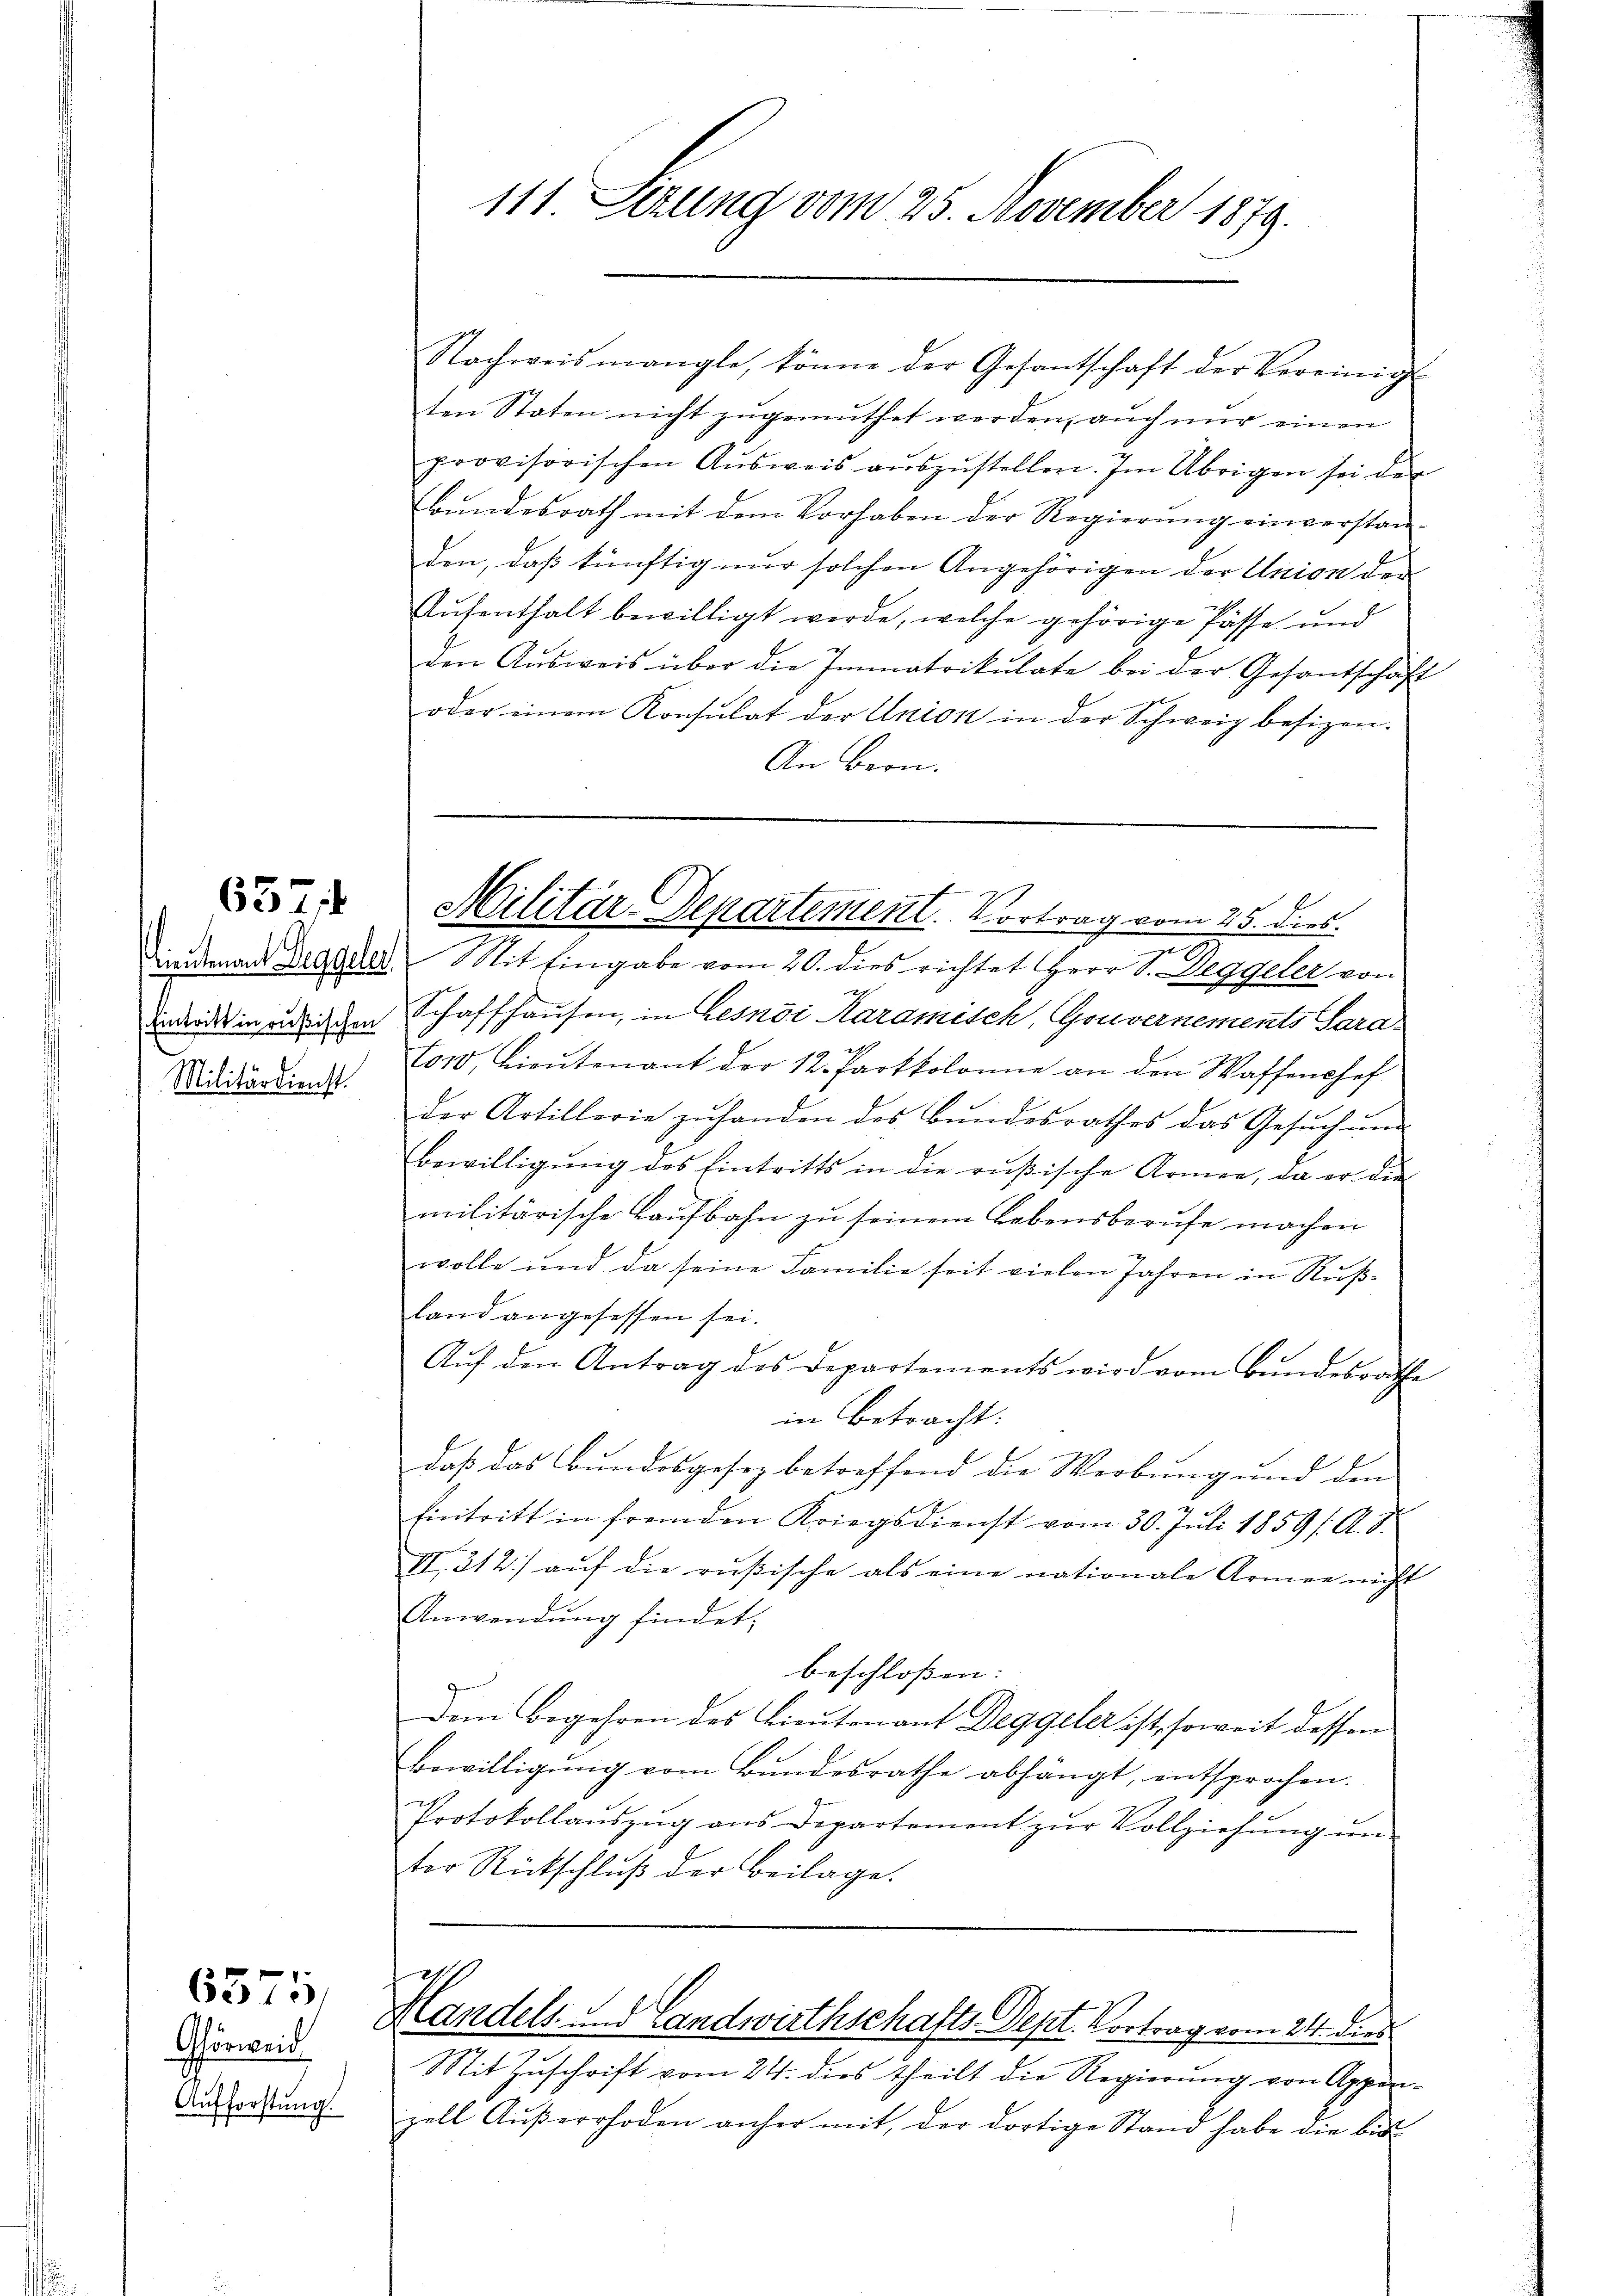
657

Militärdienst

Ghörweid
Aufforstung.

6375.

Nachweismangle, könne der Gesantschaft der Vereinig
ten Stoten nicht zugemuthet werden, auch nur einen
provisorischen Aŭsweis aŭszŭstellen. Im Übrigen sei der
Bundesrath mit dem Vorhaben der Regierung einverstan-
den, daß künftig nur solchen Angehörigen der Union der
Aufenthalt bewilligt werde, welche gehörige Pässe und
den Aŭsweis über die Immatrikulate bei der Gesantschäft
oder einem Konsulat der Union in der Schweiz besizen.
An Bern.
Dindemand Degoder Mit Eingabe vom 20. dies richtet Herr V. Weggeler von
x
inderes in endlichen Schaffhausen, in Lesni Aaramisch, Gouvernements Sara-
601, Lieŭtenant der 12. Partkolonne an den Waffenshof
der Artillerie zŭ handen des Bŭndesrathes das Gesŭch ŭm
Bewilligung des Eintritts in die russische Armee, da er die
militärische Laufbahn zu seinem Lebensberufe machen
wolle und da seine Familie seit vielen Jahren in Rußland angesessen sei.
Aŭf den Antrag des Departements wird vom Bŭndesrathe
in betracht:
daß das Bundesgesetz betreffend die Werbung und den
Eintritt in fremden Kriegsdienst vom 30. Jŭli 1859 f. A. S.
II. 212. aŭf die rußische als eine nationale Armee nicht
Anwendung findet,
beschlossen:
g
Dem Begehren des Lieutenant Deggeler ist, soweit dessen
Bewilligŭng vom Bŭndesrathe abhängt, entsprochen.
Protokollaŭszŭg ans Departement zŭr Vollziehŭng ŭn
ter Rückschluß der Beilage.
.
Hlandels- und Landwirthschafts-Dept. Vortrag vom 24. dies
Mit Zuschrift vom 24. dies theilt die Regierung von Appen-
zell Aŭβerrhoden anher mit der dortige Stand habe die bis¬

111 Sizung vom 25. November 1879.

a

Militär-Departement. Vortrag vom 23. dies
n